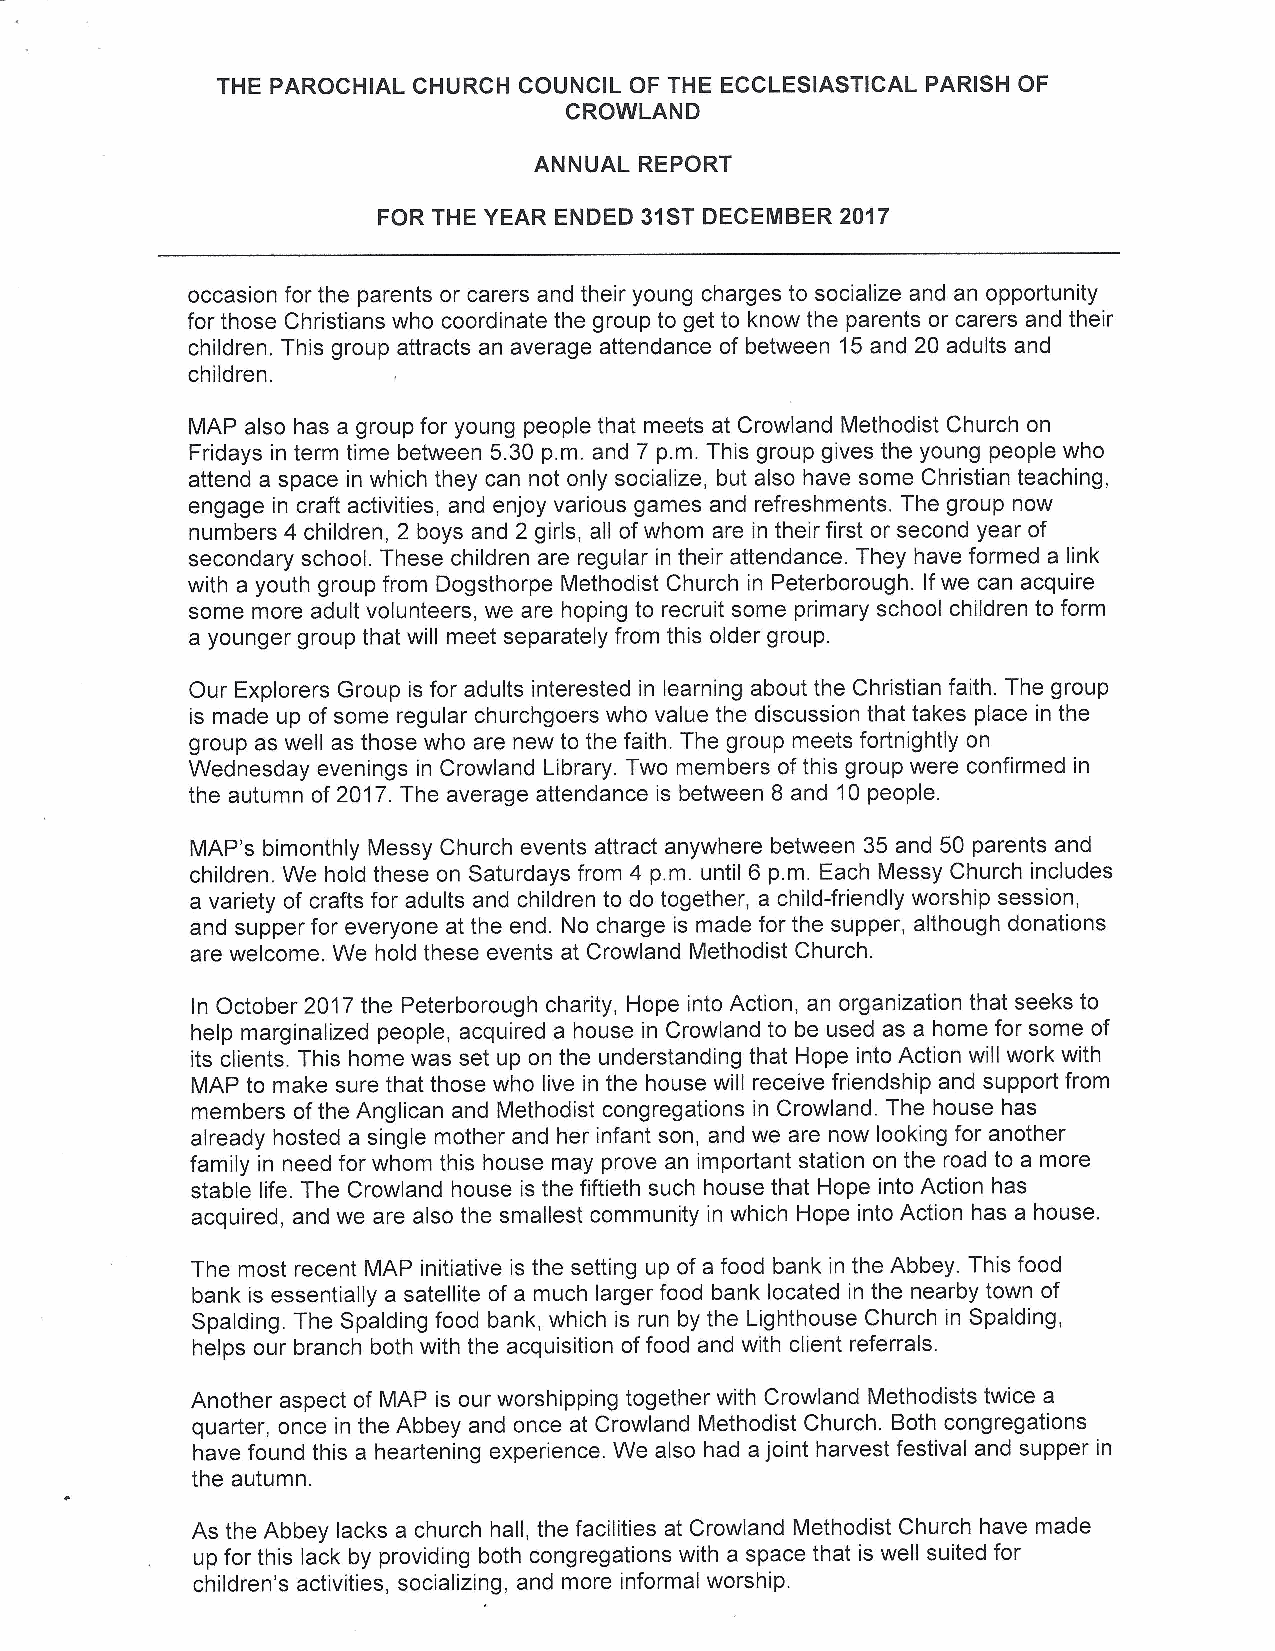
THE PAROCHIAL CHURCH COUNCIL OF THE ECCLESIASTICAL PARISH OF
 CROWLAND
 ANNUAL REPORT
 FOR THE YEAR ENDED 31STDECEMBER 2017
 occasion for the parents or carers and their young charges to socialize and an opportunity
 for those Christians who coordinate the group to get to know the parents or carers and their
 children. This group attracts an average attendance of between 15and 20 adults and
 children.
 MAP also has a group for young people that meets at Crowland Methodist Church on
 Fridays in term time between 5.30 p.m. and 7 p.m. This group gives the young people who
 attend a space in which they can not only socialize, but also have some Christian teaching,
 engage in craft activities, and enjoy various games and refreshments. The group now
 numbers 4 children, 2 boys and 2 girls, all ofwhom are in their first or second year of
 secondary school. These children are regular in their attendance. They have formed a link
 with a youth group from Dogsthorpe Methodist Church in Peterborough. Ifwe can acquire
 some more adult volunteers, we are hoping to recruit some primary school children to form
 a younger group that will meet separately from this older group.
 Our Explorers Group is for adults interested in learning about the Christian faith. The group
 is made up of some regular churchgoers who value the discussion that takes place in the
 group as well as those who are new to the faith. The group meets fortnightly on
 Wednesday evenings in Crowland Library. Two members ofthis group were confirmed in
 the autumn of 2017.The average attendance is between 8 and 10people.
 MAP's bimonthly Messy Church events attract anywhere between 35 and 50 parents and
 children. We hold these on Saturdays from 4 p.m. until 6 p.m. Each Messy Church includes
 a variety of crafts for adults and children to do together, a child-friendly worship session,
 and supper for everyone at the end. No charge is made for the supper, although donations
 are welcome. We hold these events at Crowland Methodist Church.
 In October 2017the Peterborough charity, Hope into Action, an organization that seeks to
 help marginalized people, acquired a house in Crowland to be used as a home for some of
 its clients. This home was set up on the understanding that Hope into Action will work with
 MAP to make sure that those who live in the house will receive friendship and support from
 members ofthe Anglican and Methodist congregations in Crowland. The house has
 already hosted a single mother and her infant son, and we are now looking for another
 family in need for whom this house may prove an important station on the road to a more
 stable life. The Crowland house is the fiftieth such house that Hope into Action has
 acquired, and we are also the smallest community in which Hope into Action has a house.
 The most recent MAP initiative is the setting up of a food bank in the Abbey. This food
 bank is essentially a satellite of a much larger food bank located in the nearby town of
 Spalding. The Spalding food bank, which is run by the Lighthouse Church in Spalding,
 helps our branch both with the acquisition offood and with client referrals.
 Another aspect of MAP is our worshipping together with Crowland Methodists twice a
 quarter, once in the Abbey and once at Crowland Methodist Church. Both congregations
 have found this a heartening experience. We also had a joint harvest festival and supper in
 the autumn.
 As the Abbey lacks a church hall, the facilities at Crowland Methodist Church have made
 up for this lack by providing both congregations with a space that is well suited for
 children's activities, socializing, and more informal worship.